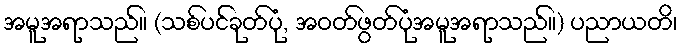
အမူအရာသည်။ (သစ်ပင်ခုတ်ပုံ, အဝတ်ဖွတ်ပုံအမူအရာသည်။) ပညာယတိ၊